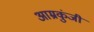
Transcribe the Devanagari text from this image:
आम्रकुंजी